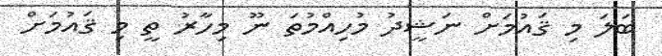
ބަލަ މި ޤައުމަށް ނަޝީދު މުހިއްމުތަ ނޫ މިހާރު ތީ މި ޤައުމަށް